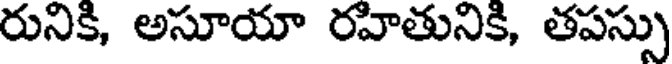
రునికి, అసూయా రహితునికి, తపస్సు